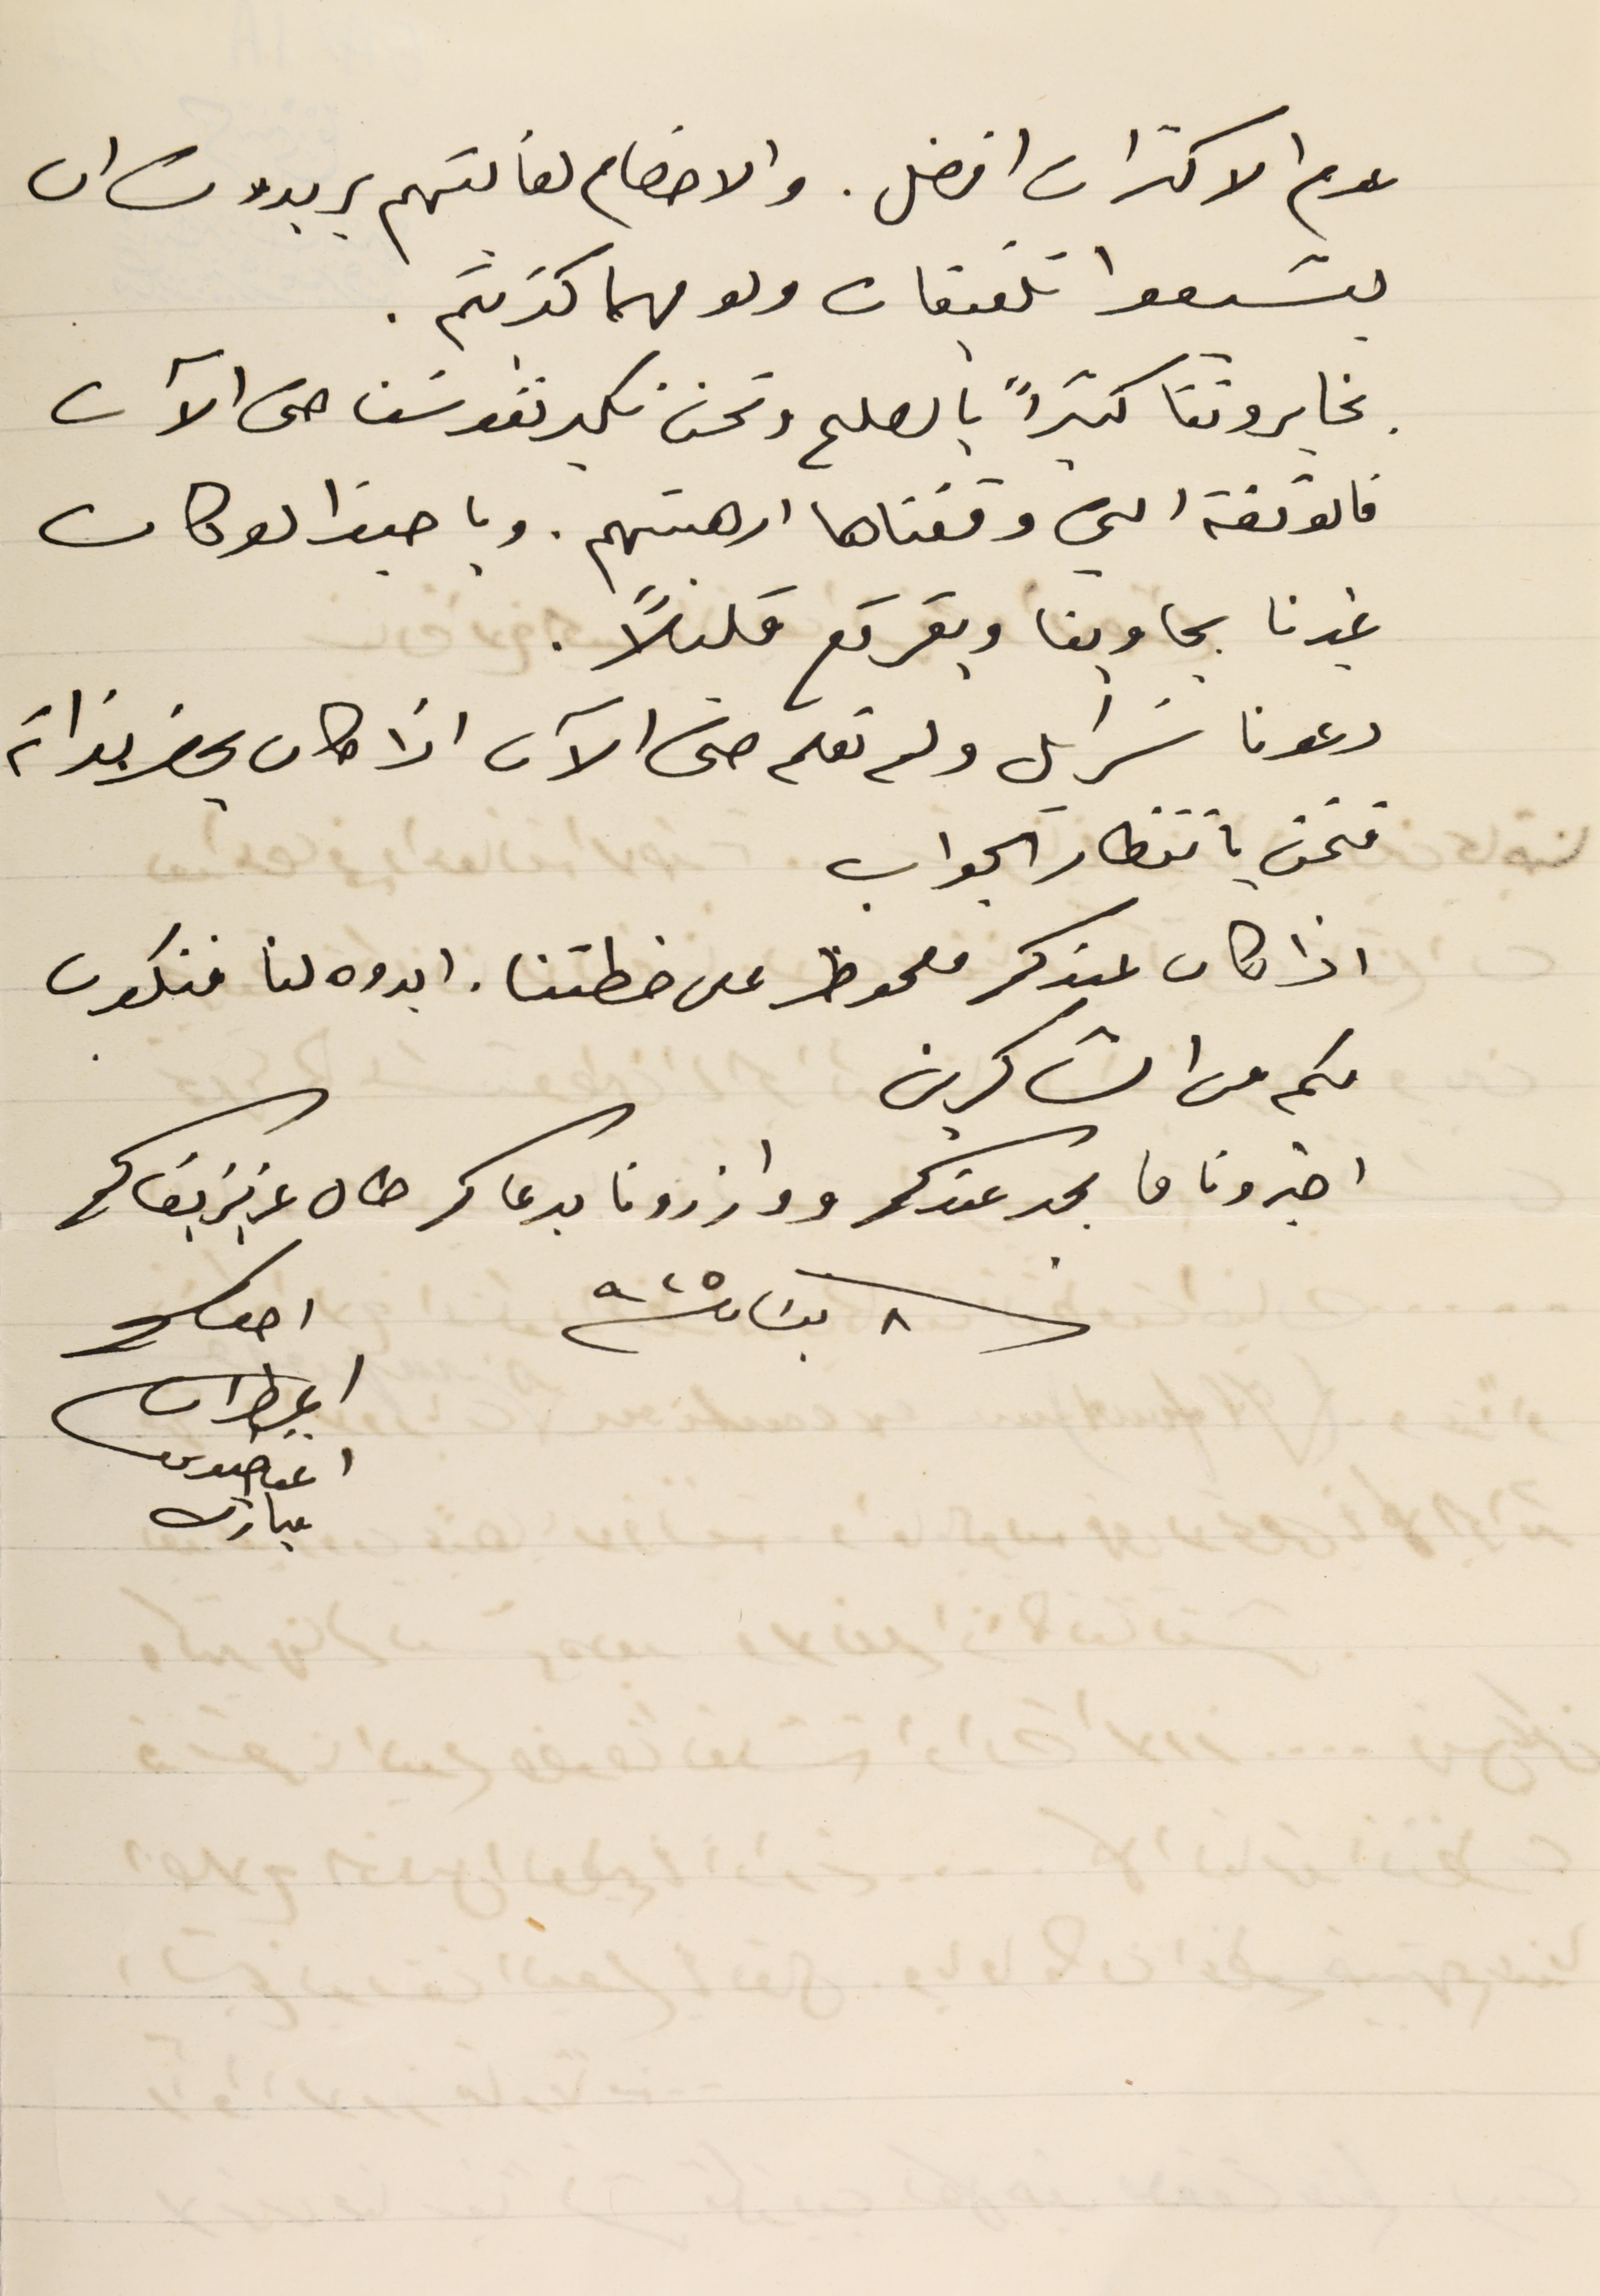
عدم الاكتراث افضل. والاخصام لغايتهم يريدون ان
 يشيعوا تلفيقات ولو مهما كذبتم.
يخابروننا كثيراً بالصلح ونحن نكبر نفوسنا حتى الآن
فالوقفة التي وقفناها ارهبتهم. ويا حبذا لو كان
 غيرنا يجاوبنا ويقرقع قليلاً.
دعونا سَرايل ولم نعلم حتى الآن اذا كان يحضر بذاته
فنحن بانتظار الجواب
 اذا كان عندكم ملحوظ على خطتنا. ابدوه لنا فنكون
لكم من الشاكرين
 اخبرونا ما بجد عندكم ووازرونا بدعاكم طال عزيز بقاكم
فى ٨ نيسان سنة ٩٢٥
احوكم
المطران
اغناطىوس
مبارك